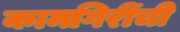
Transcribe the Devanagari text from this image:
कामगिरींची